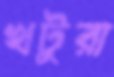
খটুরা